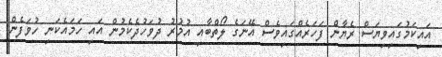
އައިކަމުގައިވިޔަސް ރެޔާން ފަހަރެއްގައިވެސް އޭނަގެ ލޯތްބާއި އުމުރު ދުވަހުދެކެމުން އައި ހަމައެކަނި ހުވަފެން